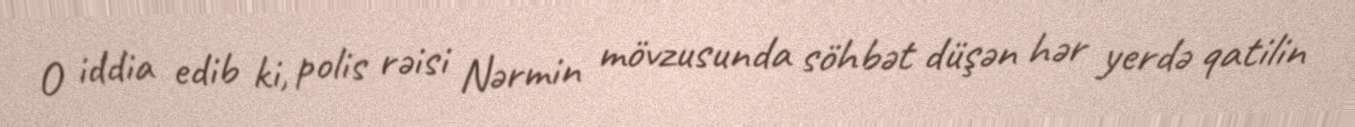
O iddia edib ki, polis rəisi Nərmin mövzusunda söhbət düşən hər yerdə qatilin